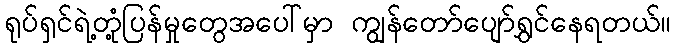
ရုပ်ရှင်ရဲ့တုံ့ပြန်မှုတွေအပေါ်မှာ ကျွန်တော်ပျော်ရွှင်နေရတယ်။